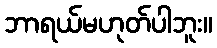
ဘာရယ်မဟုတ်ပါဘူး။